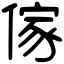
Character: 傢